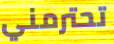
تحترمني